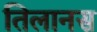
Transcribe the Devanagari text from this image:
तिलानस